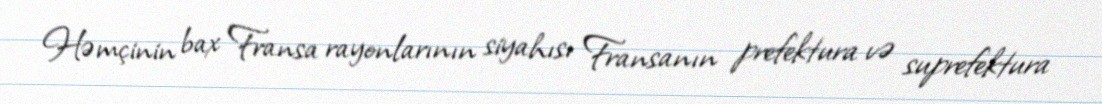
Həmçinin bax Fransa rayonlarının siyahısı Fransanın prefektura və suprefektura